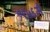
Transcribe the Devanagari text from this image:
१९५६मै